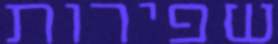
שפירות